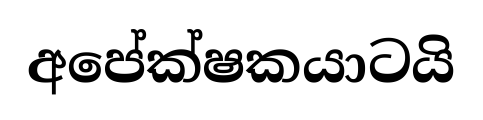
අපේක්ෂකයාටයි